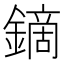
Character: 鏑